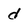
Character: d